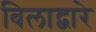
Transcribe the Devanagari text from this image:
बिलाद्वारे